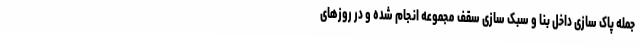
جمله پاک سازی داخل بنا و سبک سازی سقف مجموعه انجام شده و در روزهای